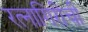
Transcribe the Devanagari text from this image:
रत्‍नागिरीची